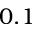
0 . 1